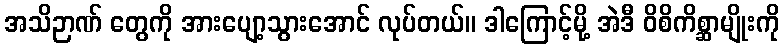
အသိဉာဏ် တွေကို အားပျော့သွားအောင် လုပ်တယ်။ ဒါကြောင့်မို့ အဲဒီ ဝိစိကိစ္ဆာမျိုးကို